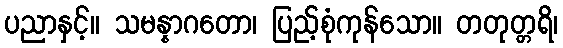
ပညာနှင့်။ သမန္နာဂတော၊ ပြည့်စုံကုန်သော။ တတုတ္တရိ၊